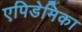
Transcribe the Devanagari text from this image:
एपिडेमिका